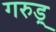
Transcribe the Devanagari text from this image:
गरुड़्